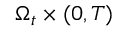
\Omega _ { t } \times ( 0 , T )